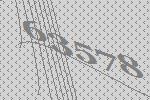
63578